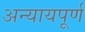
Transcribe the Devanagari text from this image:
अन्‍यायपूर्ण